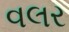
વલર